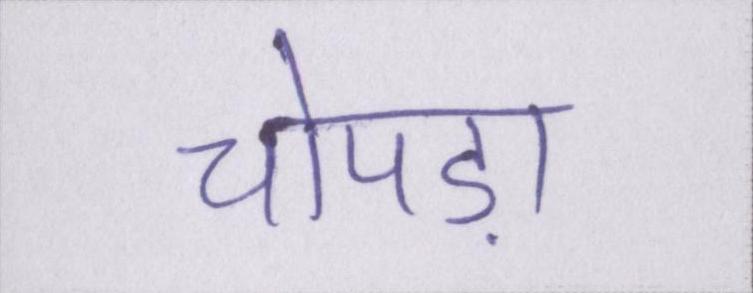
चोपड़ा